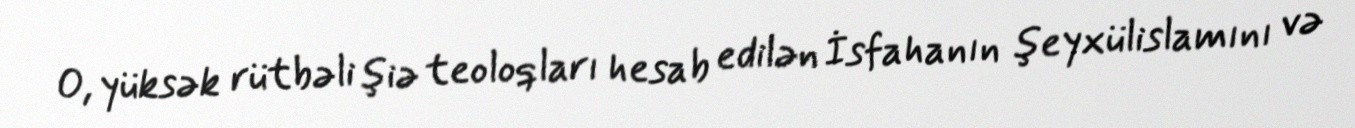
O, yüksək rütbəli şiə teoloqları hesab edilən İsfahanın şeyxülislamını və